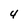
Character: 4